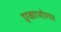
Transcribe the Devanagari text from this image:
एकाभोगम